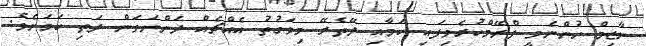
ނާޒިމް ހުންނެވީ ފްރޭމްކުރެވިފައި ކަމާއި ދޭތެރޭ މިވަގުތު އެއްޗެއް ދަންނަވަން ދަތި ކަމަށެވެ.